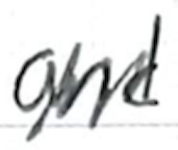
Text: and
Cross-out: zig-zag
Writing tool: ballpoint